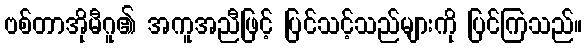
ဗစ်တာအိုမီဂူ၏ အကူအညီဖြင့် ပြင်သင့်သည်များကို ပြင်ကြသည်။